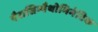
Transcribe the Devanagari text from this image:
पैरासिम्पैथोमिमेटिक